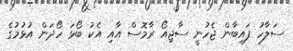
ސަލާހު ފައިބާން ޖެހުނީ ސާޖިއޯ ރާމޮސް އާއި އެކު ބޯޅަ ހޯދަން އުޅުމުގެ